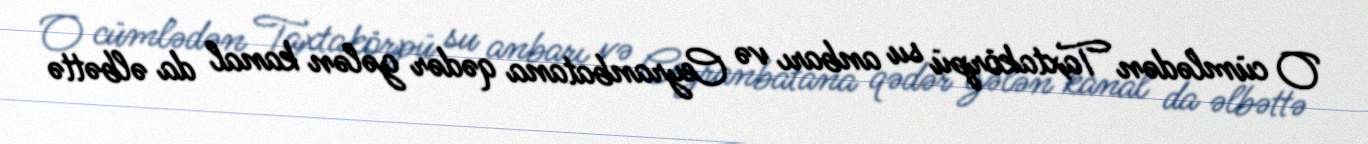
O cümlədən Taxtakörpü su anbarı və Ceyranbatana qədər gələn kanal da əlbəttə